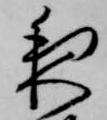
夜